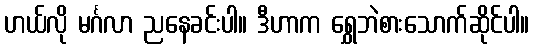
ဟယ်လို မင်္ဂလာ ညနေခင်းပါ။ ဒီဟာက ရွှေဘဲစားသောက်ဆိုင်ပါ။